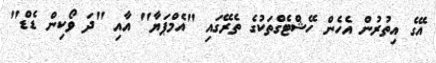
އޭގެ އިތުރުން އެހެން ހޭޝްޓެގްތަކުގެ ތެރޭގައި "އެމްޕަޔާ" އާއި "ދަ ވޯކިން ޑެޑް"